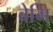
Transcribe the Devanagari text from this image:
वेगि